Senior Leaving Certificate Examination (including Day School Certificate (Higher) General paper), 1947
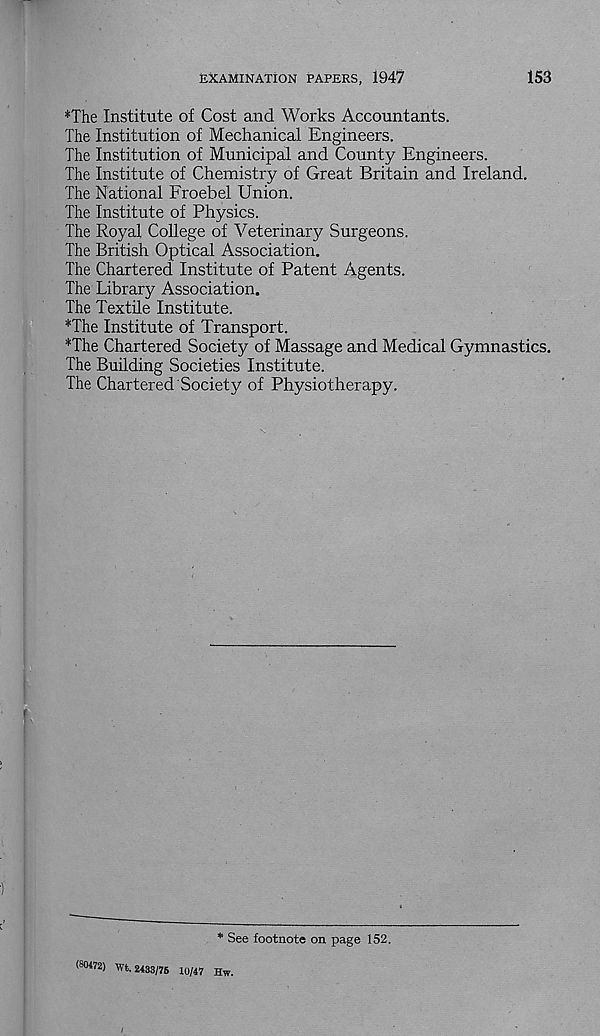
EXAMINATION PAPERS, 1947
153
*The Institute of Cost and Works Accountants.
The Institution of Mechanical Engineers.
The Institution of Municipal and County Engineers.
The Institute of Chemistry of Great Britain and Ireland.
The National Froebel Union.
The Institute of Physics.
The Royal College of Veterinary Surgeons.
The British Optical Association.
The Chartered Institute of Patent Agents.
The Library Association.
The Textile Institute.
*The Institute of Transport.
*The Chartered Society of Massage and Medical Gymnastics.
The Building Societies Institute.
The Chartered Society of Physiotherapy.
(80472) wt.
* See footnote on page 152.
2433/75 10/47 Hw.